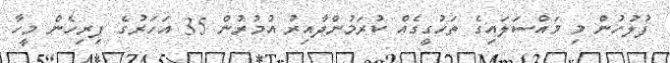
ފުލުހުން މި މައްސަލައިގެ ތަހުގީގެއް ކުރަމުންދާއިރު އުމުރުން 35 އަހަރުގެ ފިރިހެން މީހާ